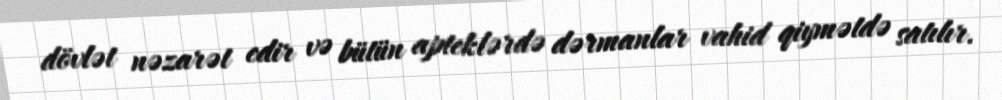
dövlət nəzarət edir və bütün apteklərdə dərmanlar vahid qiymətdə satılır.